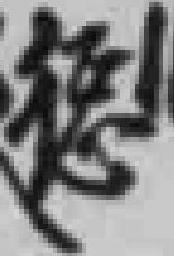
惩